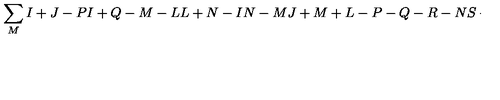
\sum _ { M } { \binom { I + J - P } { I + Q - M - L } } { \binom { L + N - I } { N - M } } { \binom { J + M + L - P - Q - R - N } { S + M - N } }